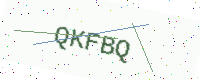
Text: QKFBQ